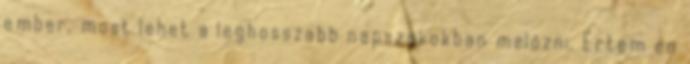
ember, most lehet a leghosszabb napszakokban melózni. Értem én